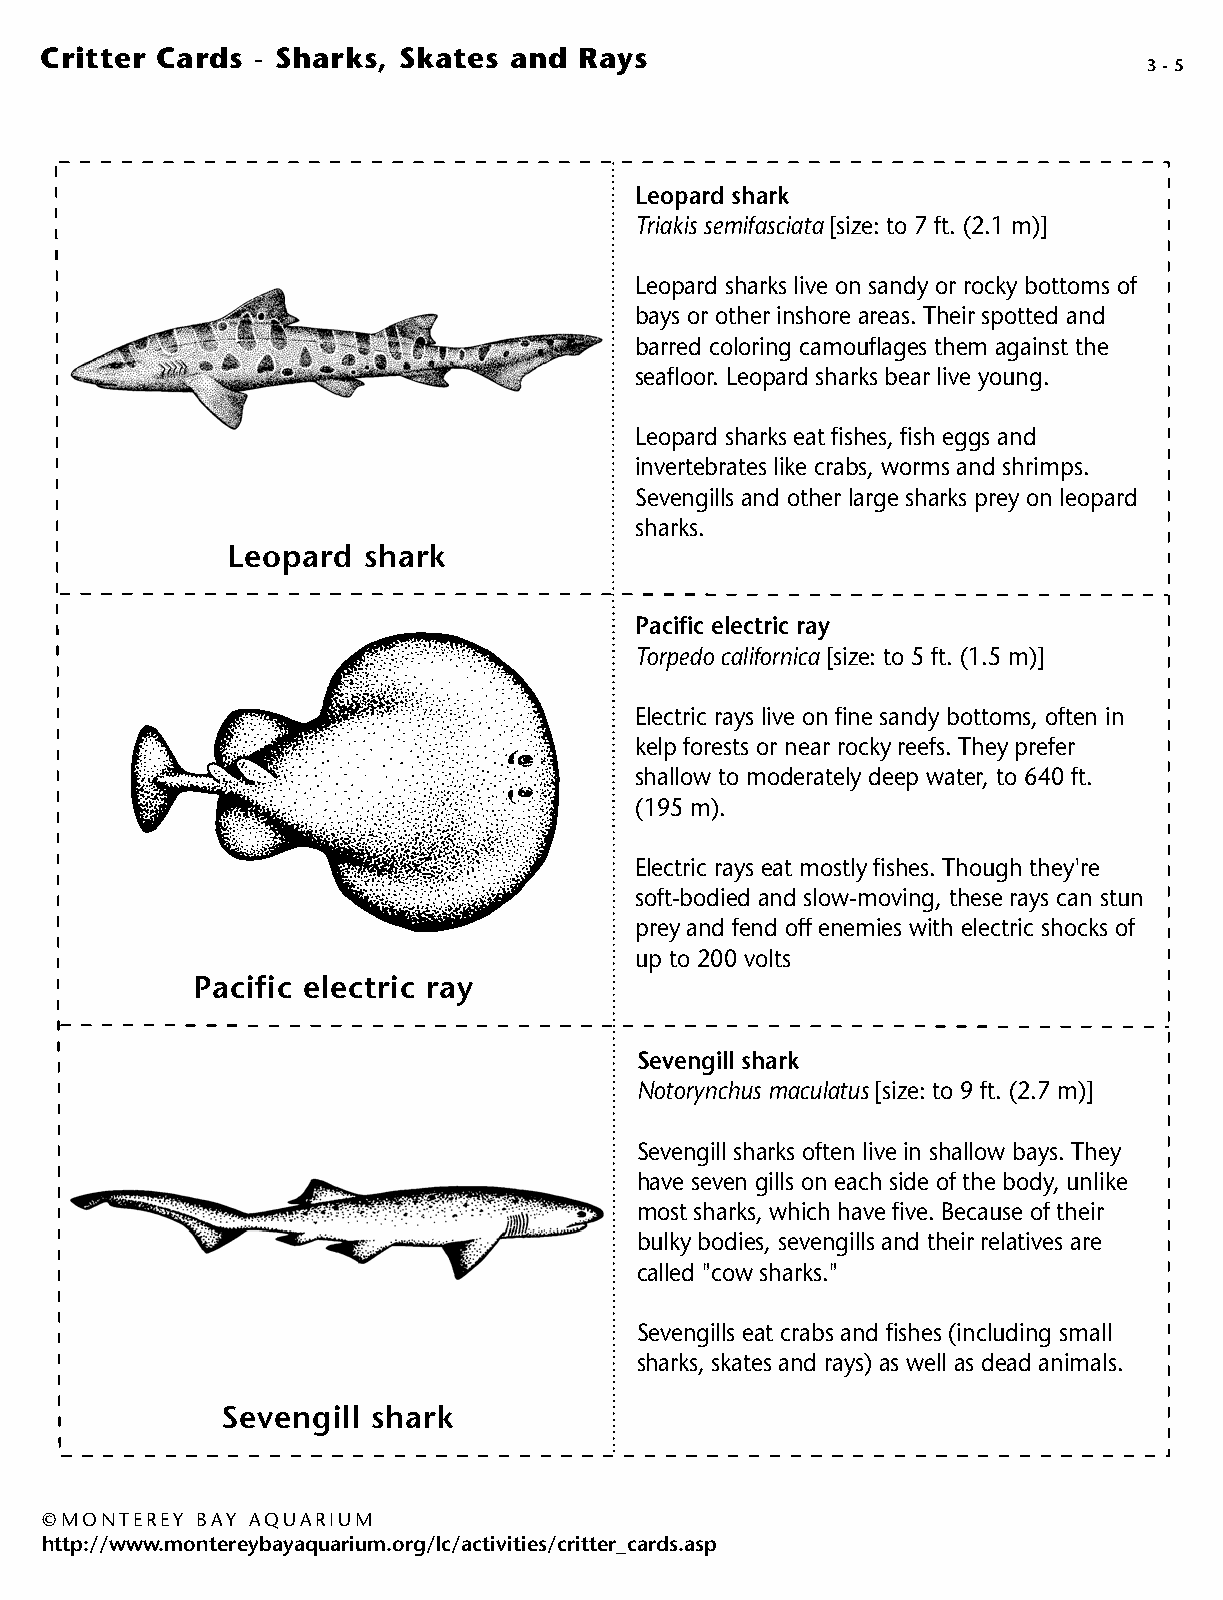
Critter Cards - Sharks, Skates and Rays
 3 - 5
 Leopard shark
 Triakis semifasciata [size: to 7 ft. (2.1 m)]
 Leopard sharks live on sandy or rocky bottoms of
 bays or other inshore areas. Their spotted and
 barred coloring camouflages them against the
 seafloor. Leopard sharks bear live young.
 Leopard sharks eat fishes, fish eggs and
 invertebrates like crabs, worms and shrimps.
 Sevengills and other large sharks prey on leopard
 sharks.
 Leopard  shark
 Pacific electric ray
 Torpedo californica [size: to 5 ft. (1.5 m)]
 Electric rays live on fine sandy bottoms, often in
 kelp forests or near rocky reefs. They prefer
 shallow to moderately deep water, to 640 ft.
 (195 m).
 Electric rays eat mostly fishes. Though they're
 soft-bodied and slow-moving, these rays can stun
 prey and fend off enemies with electric shocks of
 up to 200 volts
 Pacific electric ray
 Sevengill shark
 Notorynchus maculatus [size: to 9 ft. (2.7 m)]
 Sevengill sharks often live in shallow bays. They
 have seven gills on each side of the body, unlike
 most sharks, which have five. Because of their
 bulky bodies, sevengills and their relatives are
 called "cow sharks."
 Sevengills eat crabs and fishes (including small
 sharks, skates and rays) as well as dead animals.
 Sevengill shark
 © MONTEREY BAY AQUARIUM
 http://www.montereybayaquarium.org/lc/activities/critter_cards.asp